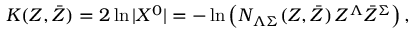
K ( Z , \bar { Z } ) = 2 \ln | X ^ { 0 } | = - \ln \left( N _ { \Lambda \Sigma } ( Z , \bar { Z } ) \, Z ^ { \Lambda } \bar { Z } ^ { \Sigma } \right) ,